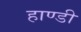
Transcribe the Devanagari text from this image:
हाण्डी